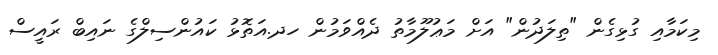
މިކަމާއި ގުޅިގެން "ތިލަދުން" އަށް މަޢުލޫމާތު ދެއްވަމުން ހދ.އަތޮޅު ކައުންސިލްގެ ނައިބް ރައީސް